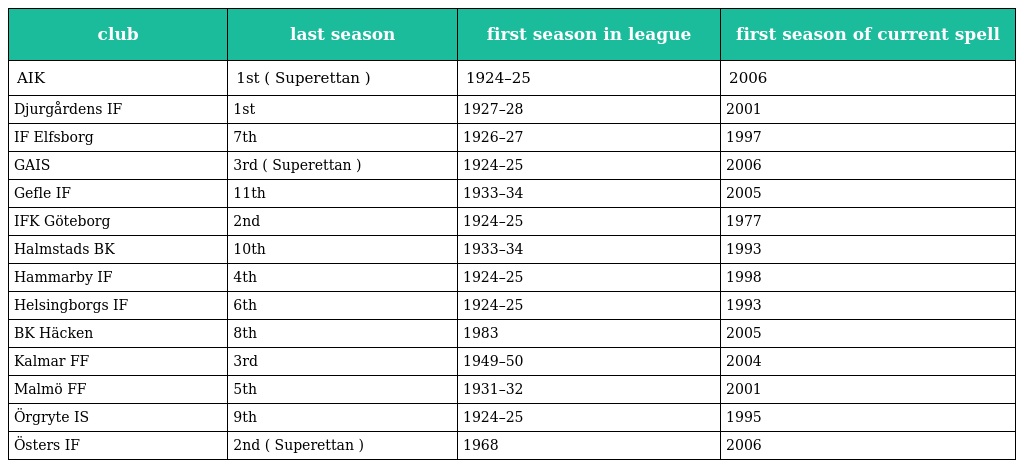
| club | last season | first season in league | first season of current spell |
 | --- | --- | --- | --- |
 | AIK | 1st ( Superettan ) | 1924–25 | 2006 |
 | Djurgårdens IF | 1st | 1927–28 | 2001 |
 | IF Elfsborg | 7th | 1926–27 | 1997 |
 | GAIS | 3rd ( Superettan ) | 1924–25 | 2006 |
 | Gefle IF | 11th | 1933–34 | 2005 |
 | IFK Göteborg | 2nd | 1924–25 | 1977 |
 | Halmstads BK | 10th | 1933–34 | 1993 |
 | Hammarby IF | 4th | 1924–25 | 1998 |
 | Helsingborgs IF | 6th | 1924–25 | 1993 |
 | BK Häcken | 8th | 1983 | 2005 |
 | Kalmar FF | 3rd | 1949–50 | 2004 |
 | Malmö FF | 5th | 1931–32 | 2001 |
 | Örgryte IS | 9th | 1924–25 | 1995 |
 | Östers IF | 2nd ( Superettan ) | 1968 | 2006 |